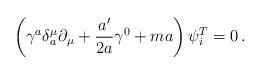
LaTeX: \begin{align*}\left(\gamma ^a \delta _a^\mu\partial _\mu + \frac{ a'}{2a}\gamma^0 + ma \right)\psi_i^T=0 \,.\end{align*}